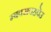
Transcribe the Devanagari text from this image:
म्बवसवहपेउ